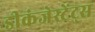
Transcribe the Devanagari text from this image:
डीकंजेस्टेंट्स